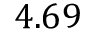
4 . 6 9